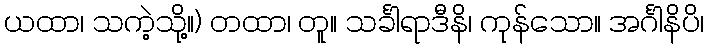
ယထာ၊ သကဲ့သို့။) တထာ၊ တူ။ သင်္ခါရာဒီနိ၊ ကုန်သော။ အင်္ဂါနိပိ၊